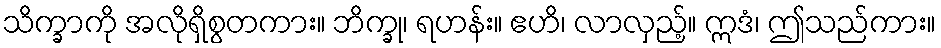
သိက္ခာကို အလိုရှိစွတကား။ ဘိက္ခု၊ ရဟန်း။ ဧဟိ၊ လာလှည့်။ ဣဒံ၊ ဤသည်ကား။